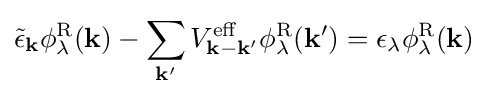
{\tilde {\epsilon }}_{\mathbf {k} }\phi _{\lambda }^{\mathrm {R} }(\mathbf {k} )-\sum _{\mathbf {k'} }V_{\mathbf {k} -\mathbf {k'} }^{\mathrm {eff} }\phi _{\lambda }^{\mathrm {R} }(\mathbf {k'} )=\epsilon _{\lambda }\phi _{\lambda }^{\mathrm {R} }(\mathbf {k} )